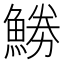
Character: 𩷼